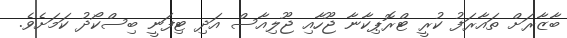
ބާޒާރަށް ތައާރަފު ކުރީ ޓްރޮޕިކާނާ ޖޫހާއި ޖޫލިއާސް އަދި ޓިފަނީ ބިސްކޯދު ކަމަށެވެ.